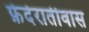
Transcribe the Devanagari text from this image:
फ़ेदेरातीवास